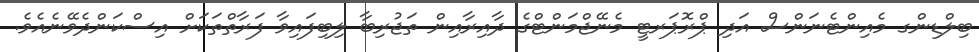
ބިލްޑިންގ މެއިންޓެނަންސް އަދި ޕްރޮޕަރޓީ މެނޭޖްމަންޓްގެ ދާއިރާއިން ތަޖުރިބާ ލިބިފައިވާ ފަރާތްތަކަށް އިސްކަންދެވޭނެއެވެ.